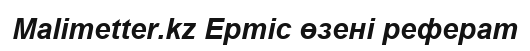
Malimetter.kz Ертіс өзені реферат